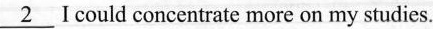
\underline{2} I could concentrate more on my studies.